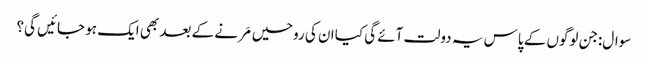
سوال:جن لوگوں کے پاس یہ دولت آئے گی کیا ان کی روحیں مَرنے کے بعد بھی ایک ہو جائیں گی؟